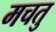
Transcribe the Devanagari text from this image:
मचतु